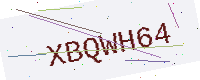
Text: XBQWH64